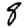
Digit: 8